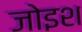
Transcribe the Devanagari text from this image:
जोइश